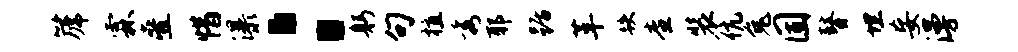
篪霖叠惜瀑：躬句植秀耶踞革跌查装伉兔固瞽埋妄漫